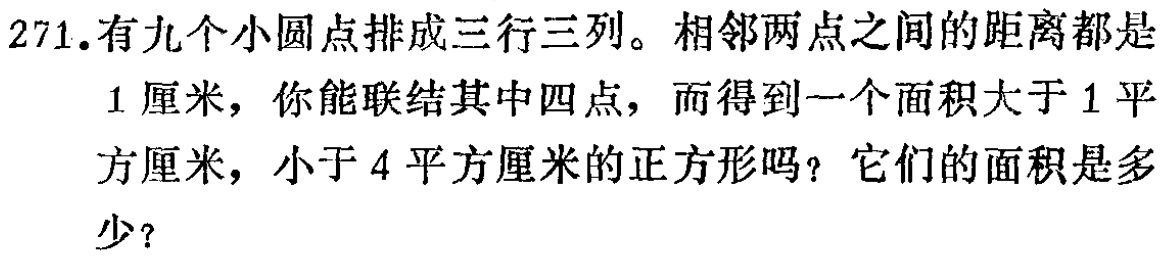
271. 有九个小圆点排成三行三列。相邻两点之间的距离都是1厘米，你能联结其中四点，而得到一个面积大于1平方厘米，小于4平方厘米的正方形吗？它们的面积是多少？